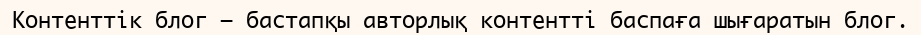
Контенттік блог – бастапқы авторлық контентті баспаға шығаратын блог.